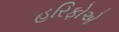
હરિફોએ